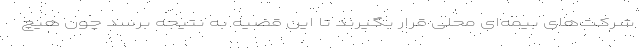
شرکت‌های بیمه‌ای محلی قرار بگیرند تا این قضیه به نتیجه برسد چون هیچ